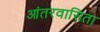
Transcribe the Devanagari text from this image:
आंतरवासिता